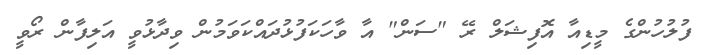
ފުލުހުންގެ މީޑިއާ އޮފިޝަލް ރޭ "ސަން" އާ ވާހަކަފުޅުދައްކަވަމުން ވިދާޅުވީ އަލިފާން ރޯވީ